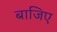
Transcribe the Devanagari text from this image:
बाजिए